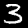
Label: 3